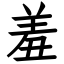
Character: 羞